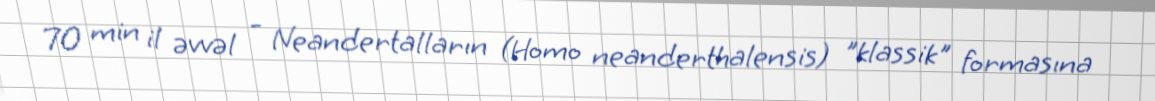
70 min il əvvəl - Neandertalların (Homo neanderthalensis) "klassik" formasına